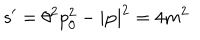
s ^ { \prime } = \theta ^ { 2 } p _ { 0 } ^ { 2 } - | \mathbf { p } | ^ { 2 } = 4 m ^ { 2 }